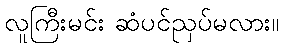
လူကြီးမင်း ဆံပင်ညှပ်မလား။